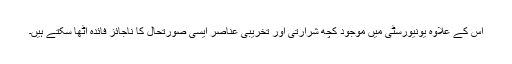
اس کے علاوہ یونیورسٹی میں موجود کچھ شرارتی اور تخریبی عناصر ایسی صورتحال کا ناجائز فائدہ اٹھا سکتے ہیں۔